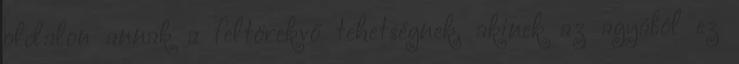
oldalon annak a feltörekvő tehetségnek, akinek az agyából ez